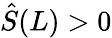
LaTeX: \hat{S}(L)>0